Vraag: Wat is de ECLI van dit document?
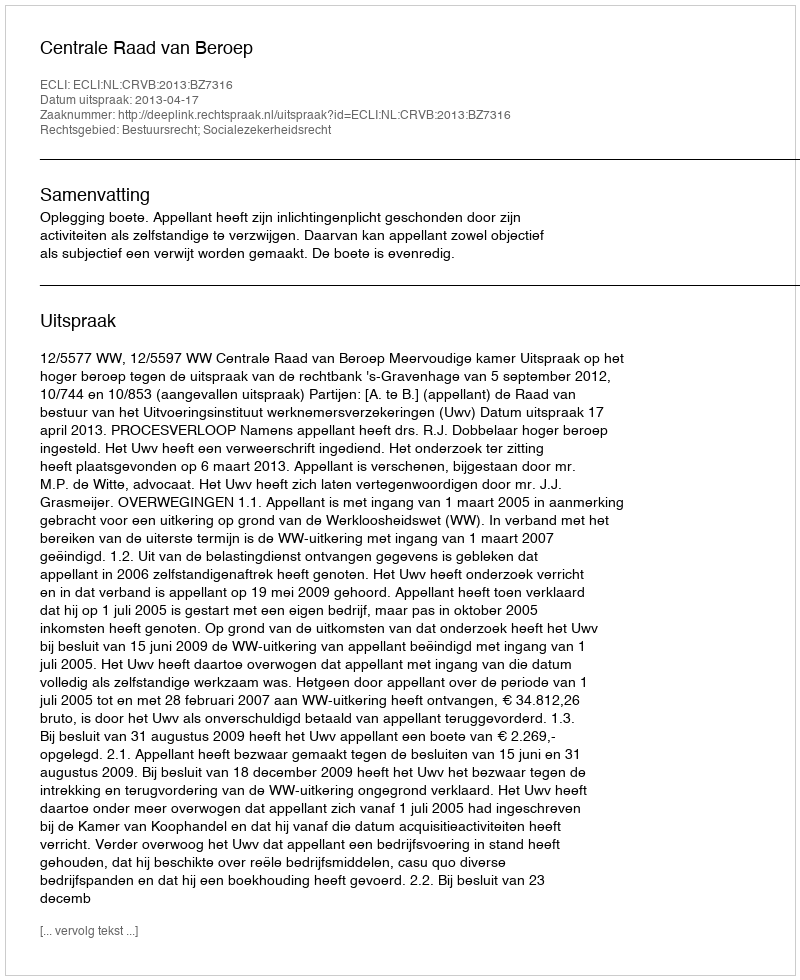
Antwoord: ECLI:NL:CRVB:2013:BZ7316